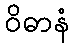
ဝိဓာနံ